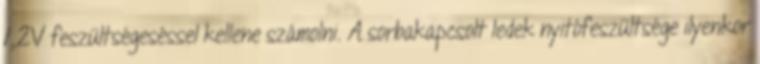
1,2V feszültségeséssel kellene számolni. A sorbakapcsolt ledek nyitófeszültsége ilyenkor